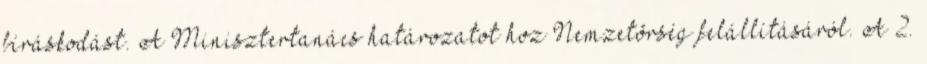
bíráskodást. A Minisztertanács határozatot hoz Nemzetõrség felállításáról. A 2.